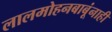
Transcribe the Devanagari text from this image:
लालमोहनबाबूंनाही